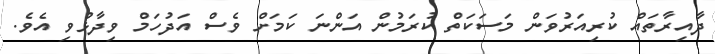
ދާއިރާތައް ކުރިއަރުވަން މަސަކަތް ކުރަމުން އަންނަ ކަމަށް ވެސް އަދުހަމް ވިދާޅުވި އެވެ.